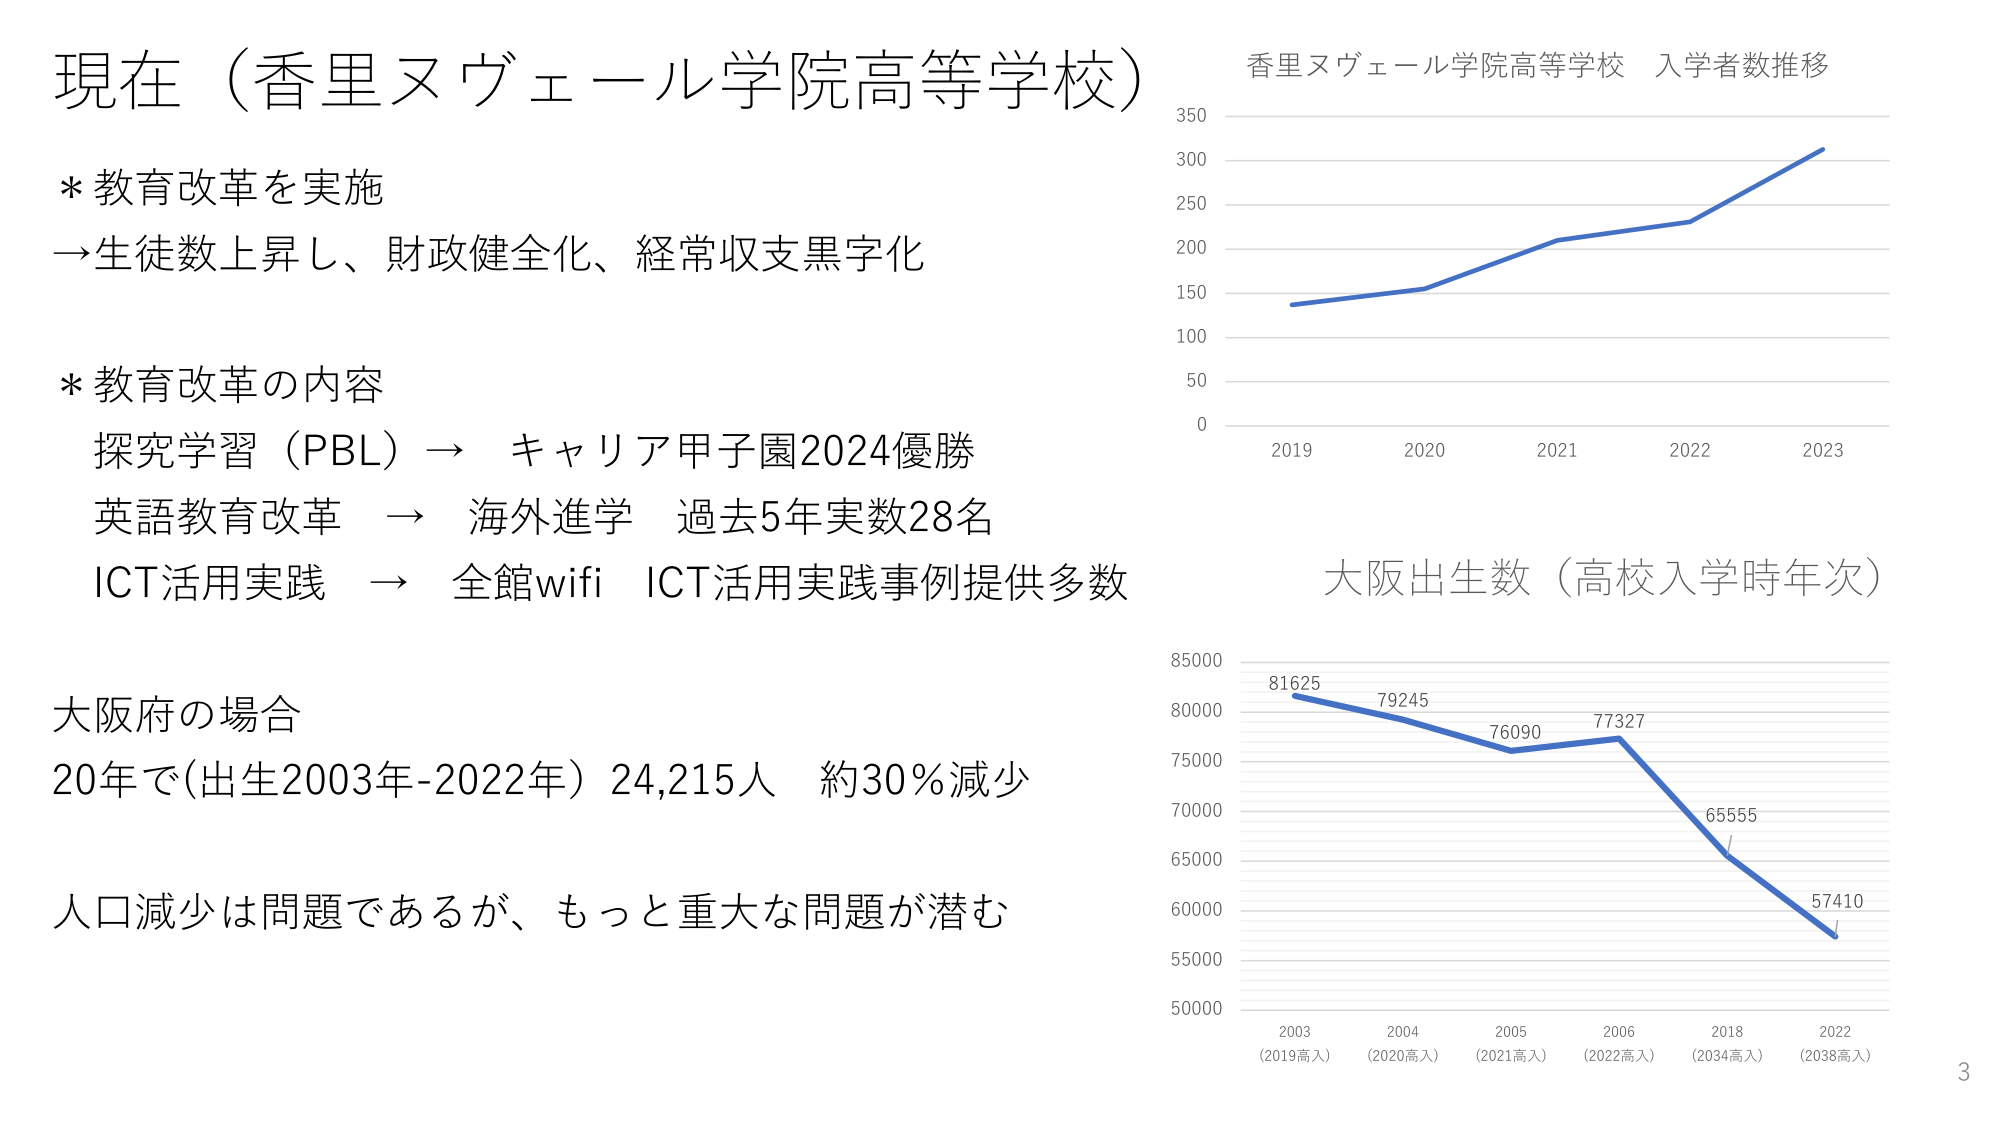
現在（香里ヌヴェール学院高等学校）

* 教育改革を実施
→生徒数上昇し、財政健全化、経常収支黒字化

* 教育改革の内容
探究学習（PBL）→ キャリア甲子園2024優勝
英語教育改革 → 海外進学 過去5年実数28名
ICT活用実践 → 全館wifi ICT活用実践事例提供多数

大阪府の場合
20年で(出生2003年-2022年) 24,215人 約30％減少

人口減少は問題であるが、もっと重大な問題が潜む

香里ヌヴェール学院高等学校 入学者数推移
350
300
250
200
150
100
50
0
2019 2020 2021 2022 2023

大阪出生数（高校入学時年次）
85000
81625
79245
76090
77327
65555
57410
80000
75000
70000
65000
60000
55000
50000
2003 2004 2005 2006 2018 2022
（2019高入）（2020高入）（2021高入）（2022高入）（2034高入）（2038高入）

3